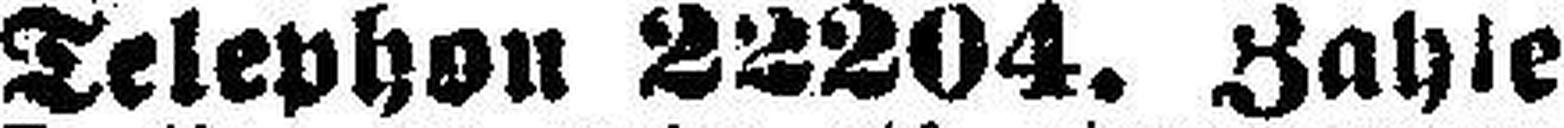
Telephon 82204. Zahle